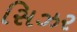
સિઝર